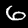
Label: 6